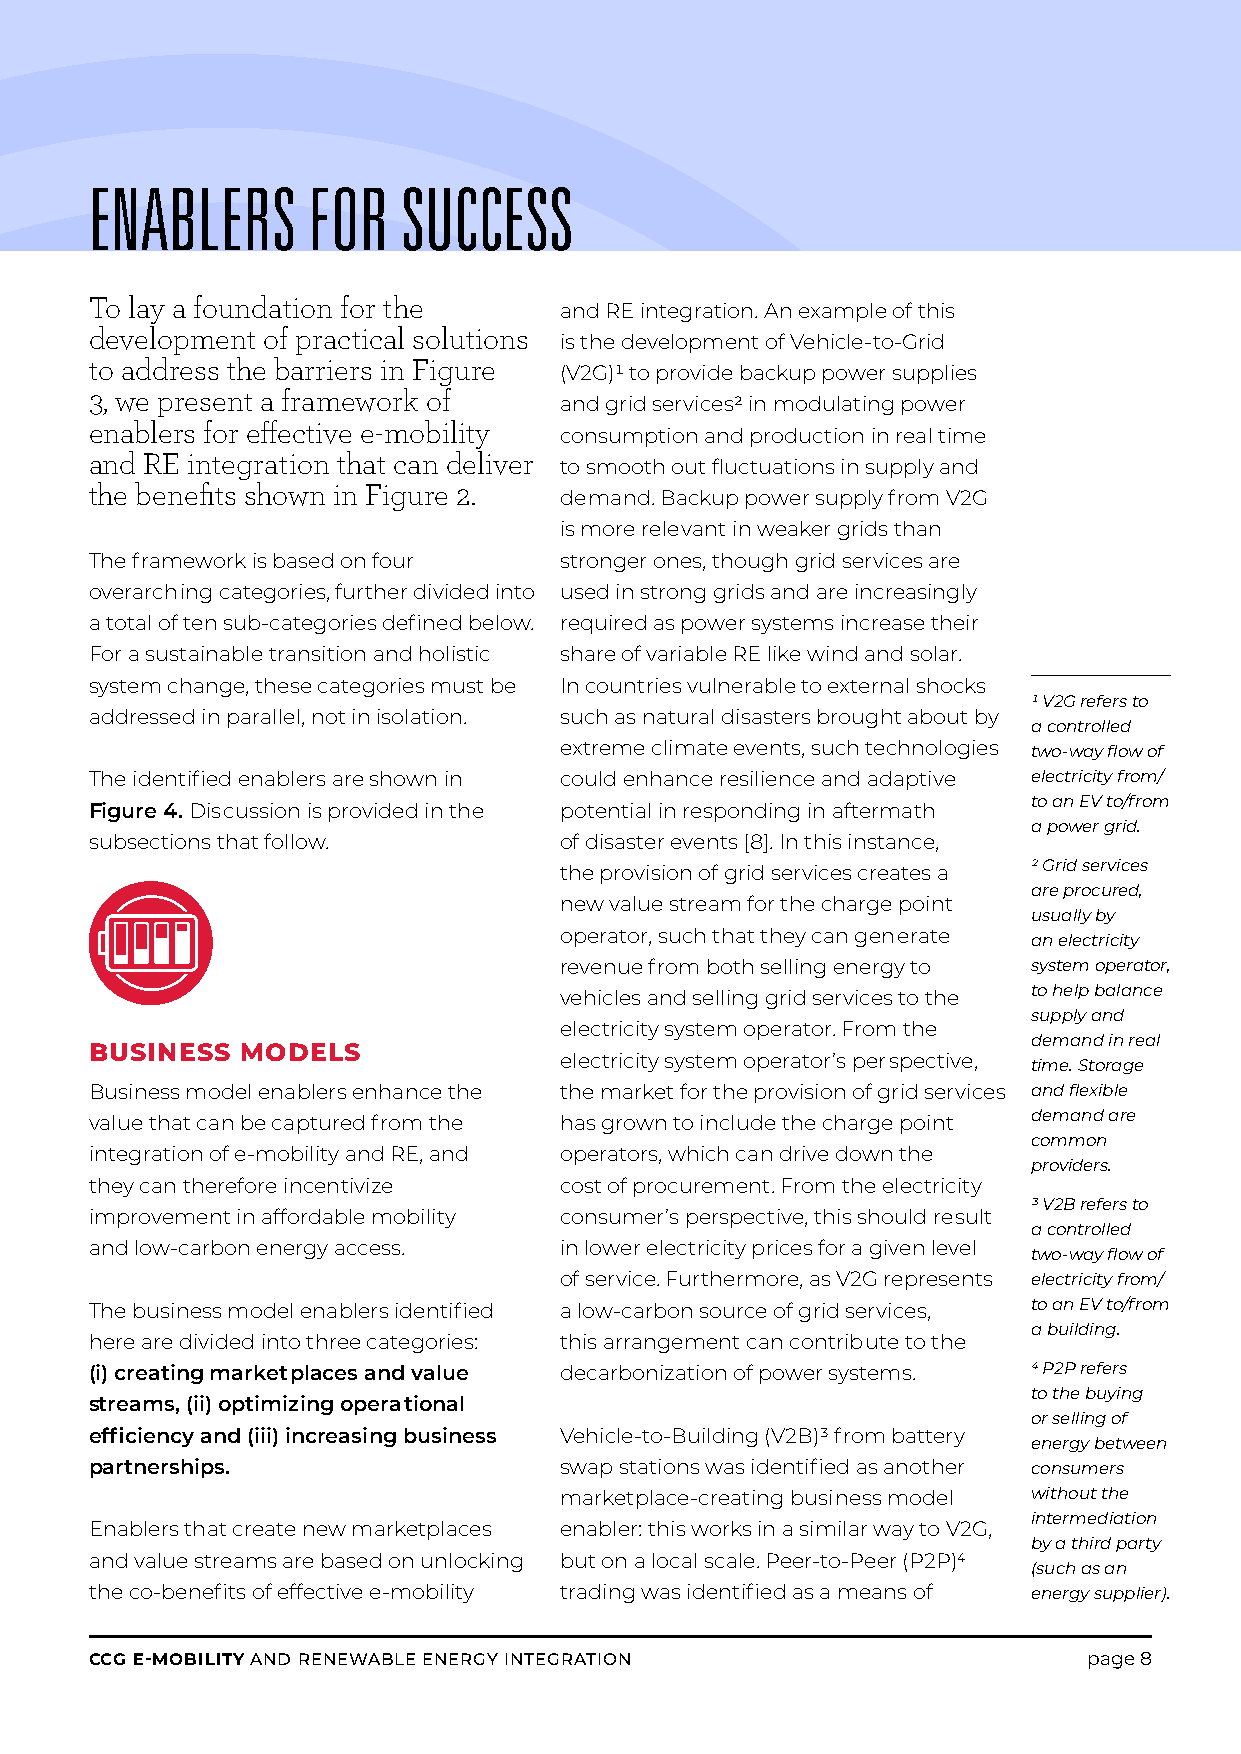
ENABLERS      FOR    SUCCESS
 To lay a foundation for the
 and RE integration. An example of this
 development of practical solutions
 is the development of Vehicle-to-Grid
 to address the barriers in Figure
 (V2G)1 to provide backup power supplies
 3, we present a framework of
 and grid services2 in modulating power
 enablers for effective e-mobility
 consumption and production in real time
 and RE integration that can deliver
 to smooth out fluctuations in supply and
 the benefits shown in Figure 2.
 de mand. Backup power supply from V2G
 is more rele vant in weaker grids than
 The framework is based on four stronger ones, though grid services are
 overarch ing categories, further divided into used in strong grids and are increasingly
 a total of ten sub-categories defined below. required as power systems increase their
 For a sustainable transition and holistic share of variable RE like wind and solar.
 system change, these categories must be In countries vulnerable to external shocks
 1 V2G refers to
 addressed in parallel, not in isolation. such as natural disasters brought about by
 a controlled
 extreme climate events, such technologies two-way flow of
 The identified enablers are shown in could enhance resilience and adaptive electricity from/
 to an EV to/from
 Figure 4. Dis cussion is provided in the potential in responding in aftermath
 a power grid.
 subsections that follow.       of disaster events [8]. In this instance,
 the provision of grid services creates a 2 Grid services
 are procured,
 new value stream for the charge point
 usually by
 operator, such that they can gen erate
 an electricity
 revenue from both selling energy to system operator,
 vehicles and selling grid services to the to help balance
 supply and
 electricity system operator. From the
 demand in real
 BUSINESS  MODELS
 electricity system operator’s per spective,
 time. Storage
 Business model enablers enhance the the market for the provision of grid services and flexible
 value that can be captured from the has grown to include the charge point demand are
 common
 integration of e-mobility and RE, and operators, which can drive down the
 providers.
 they can therefore incentivize cost of procurement. From the electricity
 3 V2B refers to
 improvement in affordable mobility consumer’s perspective, this should re sult
 a controlled
 and low-carbon energy access.  in lower electricity prices for a given level
 two-way flow of
 of service. Furthermore, as V2G represents electricity from/
 The business model enablers identified a low-carbon source of grid services, to an EV to/from
 a building.
 here are divided into three categories: this arrangement can contrib ute to the
 (i) creating market places and value decarbonization of power systems. 4 P2P refers
 to the buying
 streams, (ii) optimizing opera tional
 or selling of
 efficiency and (iii) increasing business Vehicle-to-Building (V2B)3 from battery
 energy between
 partnerships.                  swap stations was identified as another consumers
 marketplace-creating busi ness model without the
 intermediation
 Enablers that create new marketplaces enabler: this works in a similar way to V2G,
 by a third party
 and value streams are based on unlocking but on a local scale. Peer-to-Peer (P2P)4
 (such as an
 the co-benefits of effective e-mobility trading was identified as a means of energy supplier).
 CCG E-MOBILITY AND RENEWABLE ENERGY INTEGRATION                   page 8